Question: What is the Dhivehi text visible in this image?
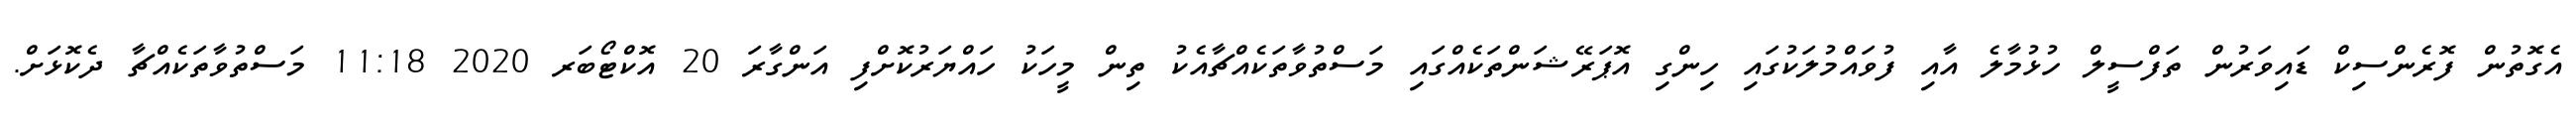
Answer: އެގޮތުން ފޮރެންސިކް ޑައިވަރުން ތަފްސީލް ހުޅުމާލެ އާއި ފުވައްމުލަކުގައި ހިންގި އޮޕަރޭޝަންތަކެއްގައި މަސްތުވާތަކެއްޗާއެކު ތިން މީހަކު ހައްޔަރުކޮށްފި އަންގާރަ 20 އޮކްޓޯބަރ 2020 11:18 މަސްތުވާތަކެއްޗާ ދެކޮޅަށް.